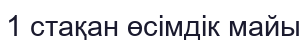
1 стақан өсімдік майы